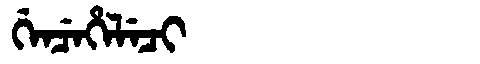
Manchu: ᡤᡝᠨᠴᡝᡥᡝᠯᡝᠴᡳ
Romanization: GENCEHELECI